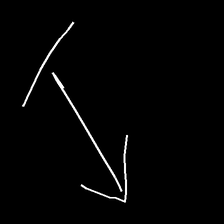
Glyph: levitation